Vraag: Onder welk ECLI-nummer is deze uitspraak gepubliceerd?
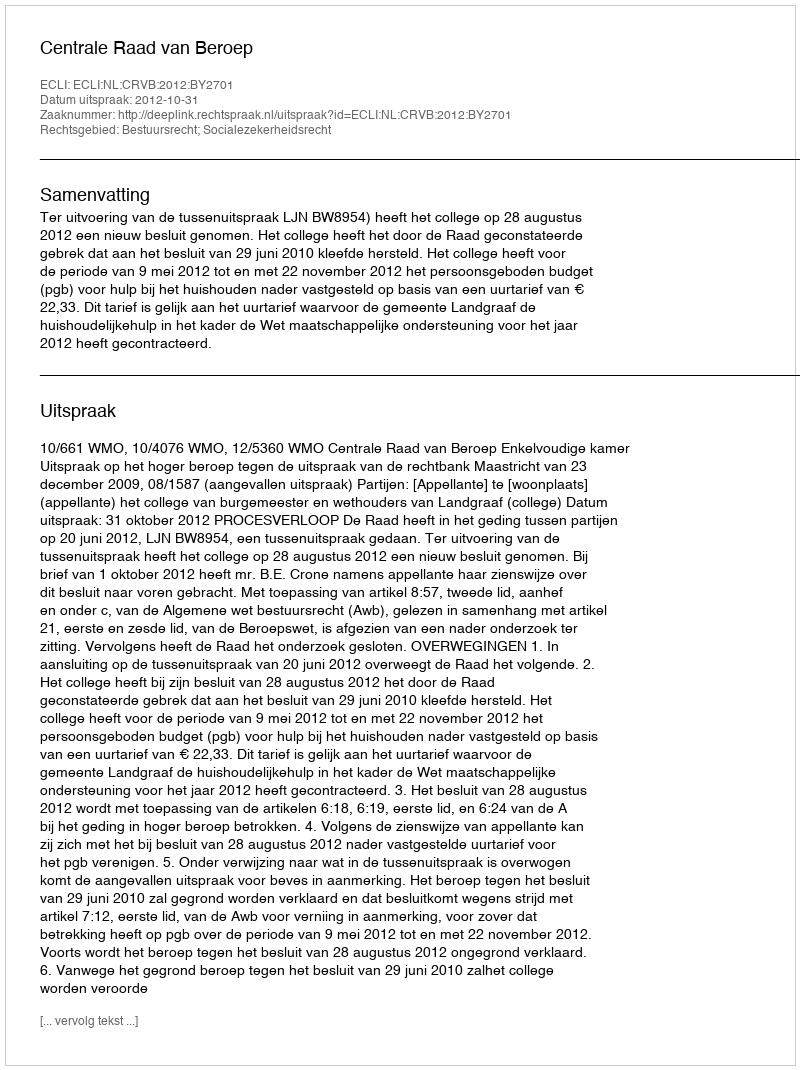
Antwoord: ECLI:NL:CRVB:2012:BY2701